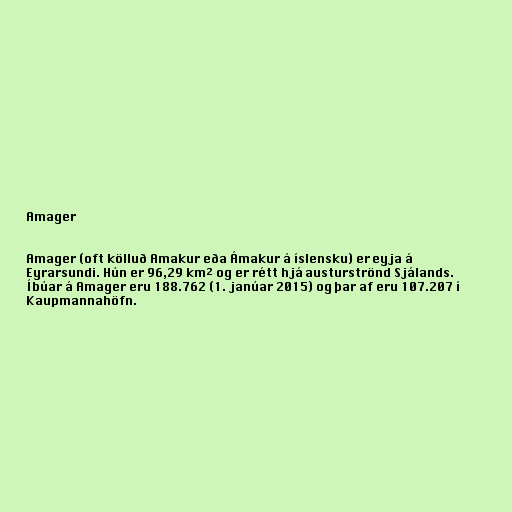
Amager

Amager (oft kölluð Amakur eða Ámakur á íslensku) er eyja á
Eyrarsundi. Hún er 96,29 km² og er rétt hjá austurströnd Sjálands.
Íbúar á Amager eru 188.762 (1. janúar 2015) og þar af eru 107.207 í
Kaupmannahöfn.